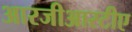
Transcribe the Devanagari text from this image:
आरजीआरटीए